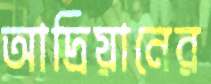
আদ্রিয়ানের